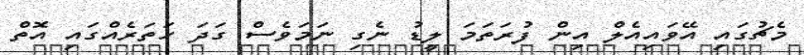
މެޗުގައި އޭވައިއެލް އިން ފުރަތަމަ ލީޑު ނެގި ނަމަވެސް ގަދަ ހަތަރެއްގައި އޮތް